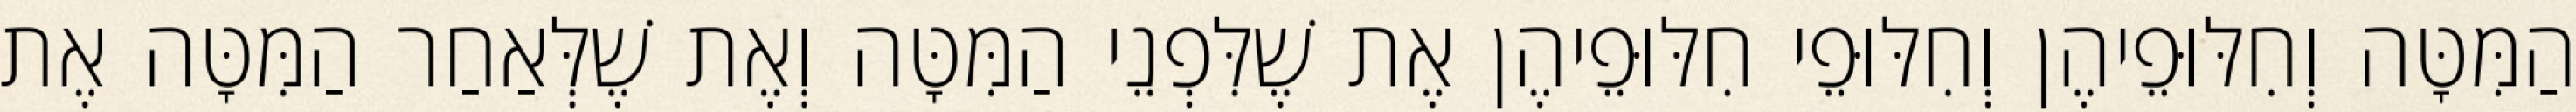
הַמִּטָּה וְחִלּוּפֵיהֶן וְחִלּוּפֵי חִלּוּפֵיהֶן אֶת שֶׁלִּפְנֵי הַמִּטָּה וְאֶת שֶׁלְּאַחַר הַמִּטָּה אֶת